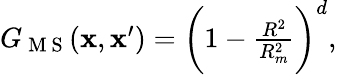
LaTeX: \begin{array}{r}{G_{\mathrm{~M~S~}}(\mathbf{x},\mathbf{x}^{\prime})=\bigg(1-\frac{R^{2}}{R_{m}^{2}}\bigg)^{d},}\end{array}